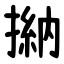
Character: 㨥